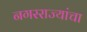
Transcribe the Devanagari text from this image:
नगरराज्यांचा